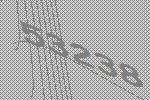
53238